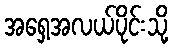
အရှေ့အလယ်ပိုင်းသို့